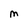
Character: M